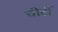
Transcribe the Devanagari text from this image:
चीटीं